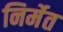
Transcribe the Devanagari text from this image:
निर्मेत